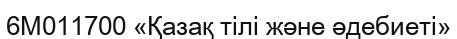
6М011700 «Қазақ тілі және әдебиеті»